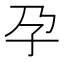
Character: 孕